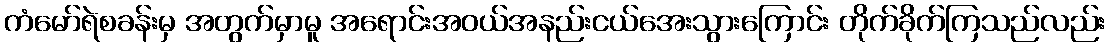
ကံမော်ရဲစခန်းမှ အတွက်မှာမူ အရောင်းအဝယ်အနည်းငယ်အေးသွားကြောင်း တိုက်ခိုက်ကြသည်လည်း